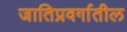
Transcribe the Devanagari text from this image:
जातिप्रवर्गातील